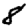
Digit: 8